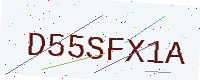
Text: D55SFX1A